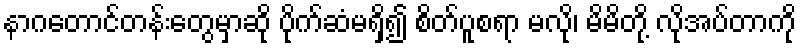
နာဂတောင်တန်းတွေမှာဆို ပိုက်ဆံမရှိ၍ စိတ်ပူစရာ မလို၊ မိမိတို့ လိုအပ်တာကို